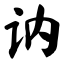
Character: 讷